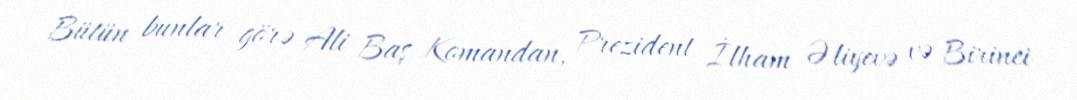
Bütün bunlar görə Ali Baş Komandan, Prezident İlham Əliyevə və Birinci